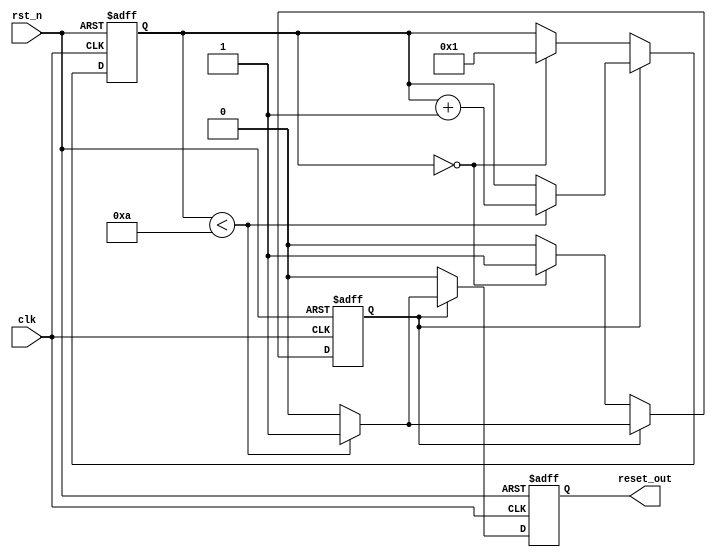
module power_on_reset (
    input wire clk,         // Clock signal
    input wire rst_n,      // Active-low external reset signal
    output reg reset_out    // Output reset signal
);

    // Parameters
    parameter RESET_DURATION = 10; // Duration of reset in clock cycles
    reg [3:0] counter;              // Counter for reset duration
    reg power_on_reset;             // Internal state for power-on reset

    // State management
    always @(posedge clk or negedge rst_n) begin
        if (!rst_n) begin
            // If external reset is asserted, assert reset_out
            reset_out <= 1'b1;
            counter <= 0;
            power_on_reset <= 1'b0; // Reset state
        end else begin
            if (power_on_reset) begin
                // If in power-on reset state, count down
                if (counter < RESET_DURATION) begin
                    counter <= counter + 1;
                    reset_out <= 1'b1; // Keep reset asserted
                end else begin
                    reset_out <= 1'b0; // De-assert reset after duration
                    power_on_reset <= 1'b0; // Exit power-on reset state
                end
            end else begin
                // If not in power-on reset, check for power-on condition
                reset_out <= 1'b0; // De-assert reset
                // If power is on, initiate power-on reset
                if (counter == 0) begin
                    power_on_reset <= 1'b1; // Enter power-on reset state
                    counter <= 1; // Start counting
                end
            end
        end
    end

    // Initial block to start the power-on reset state
    initial begin
        reset_out = 1'b1; // Assert reset initially
        counter = 0;
        power_on_reset = 1'b0; // Not in power-on reset state
    end

endmodule